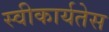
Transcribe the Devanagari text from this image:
स्वीकार्यतेस